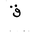
Letter: _qaf